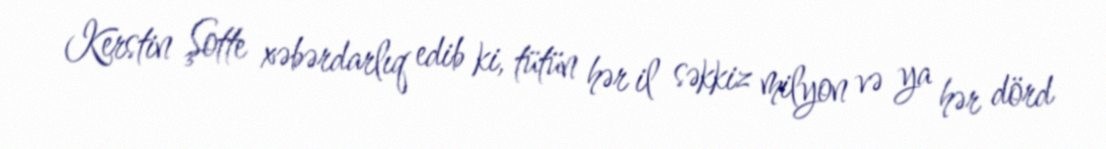
Kerstin Şotte xəbərdarlıq edib ki, tütün hər il səkkiz milyon və ya hər dörd